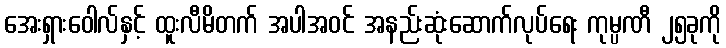
အေးရှားဝေါလ်နှင့် ထူးလီမိတက် အပါအဝင် အနည်းဆုံးဆောက်လုပ်ရေး ကုမ္ပဏီ ၂၅ခုကို